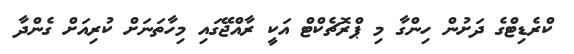
ކްރެޑިޓްގެ ދަށުން ހިންގާ މި ޕްރޮޗެކްޓް އަކީ ރާއްޖޭގައި މިހާތަނަށް ކުރިއަށް ގެންދާ